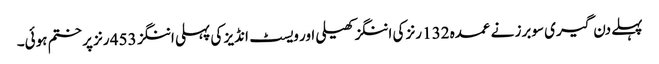
پہلے دن گیری سوبرز نے عمدہ 132 رنز کی اننگز کھیلی اور ویسٹ انڈیز کی پہلی اننگز 453 رنز پر ختم ہوئی۔